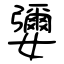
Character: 㜷